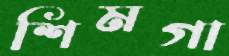
শিমগা